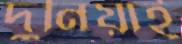
দুনিয়াই